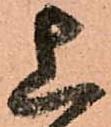
上